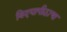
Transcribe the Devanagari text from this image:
विदयापीठाचा